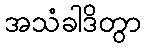
အသံခါဒိတွာ